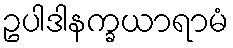
ဥပါဒါနက္ခယာရာမံ